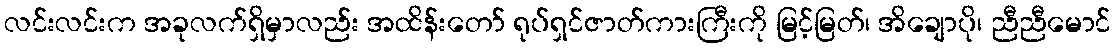
လင်းလင်းက အခုလက်ရှိမှာလည်း အထိန်းတော် ရုပ်ရှင်ဇာတ်ကားကြီးကို မြင့်မြတ်၊ အိချောပို၊ ညီညီမောင်